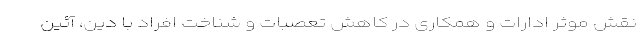
نقش موثر ادارات و همکاری در کاهش تعصبات و شناخت افراد با دین، آئین